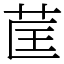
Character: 䒰